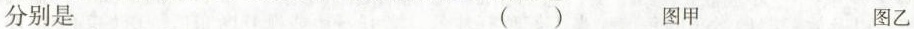
分别是 ( ) 图甲 图乙